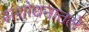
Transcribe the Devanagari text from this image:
संशोधनातले